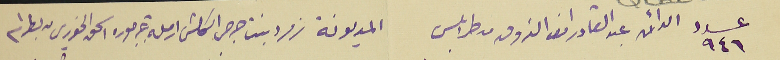
عدد ٩٤٦ الدائن عبد القادر انور الذوقى من طرابلس	 المديونة زمرد بنت جرجس المكش ارملة جرجوره اسحق الخوري من بطرام